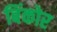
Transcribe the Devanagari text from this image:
बिंकोर